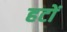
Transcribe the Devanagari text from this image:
हटों